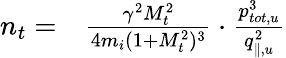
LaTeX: \begin{array}{rl}{n_{t}=}&{{}\frac{\gamma^{2}M_{t}^{2}}{4m_{i}(1+M_{t}^{2})^{3}}\cdot\frac{p_{tot,u}^{3}}{q_{\parallel,u}^{2}}}\end{array}